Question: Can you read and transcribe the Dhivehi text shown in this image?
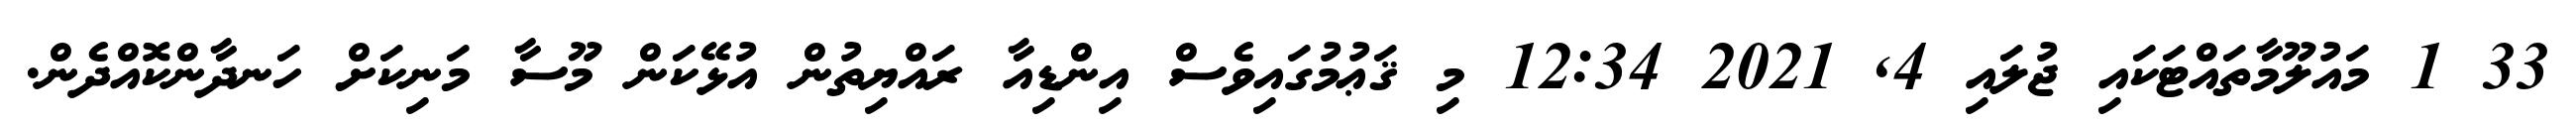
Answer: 33 1 މައުލޫމާތައްޓަކައި ޖުލައި 4, 2021 12:34 މި ޤަޢުމުގައިވެސް އިންޑިއާ ރައްޔިތުން އުޅޭކަން މޫސާ މަނިކަށް ހަނދާންކޮއްދެން.